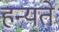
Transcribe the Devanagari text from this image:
हन्यते